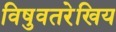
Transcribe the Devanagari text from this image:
विषुवतरेखिय